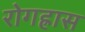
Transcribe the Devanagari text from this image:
रोगह्रास